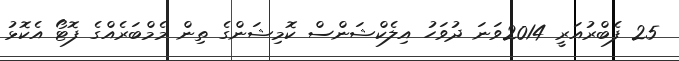
25 ފެބްރުއަރީ 2014ވަނަ ދުވަހު އިލެކްޝަންސް ކޮމިޝަންގެ ތިން މެމްބަރެއްގެ ފޮޓޯ އެކޮޅު